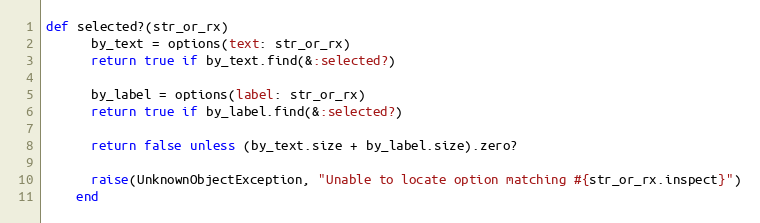
Language: Ruby
def selected?(str_or_rx)
      by_text = options(text: str_or_rx)
      return true if by_text.find(&:selected?)

      by_label = options(label: str_or_rx)
      return true if by_label.find(&:selected?)

      return false unless (by_text.size + by_label.size).zero?

      raise(UnknownObjectException, "Unable to locate option matching #{str_or_rx.inspect}")
    end